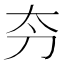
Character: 𫥲